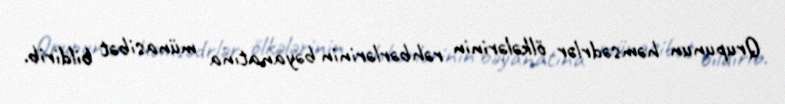
Qrupunun həmsədrlər ölkələrinin rəhbərlərinin bəyanatına münasibət bildirib.